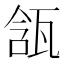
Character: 㼨